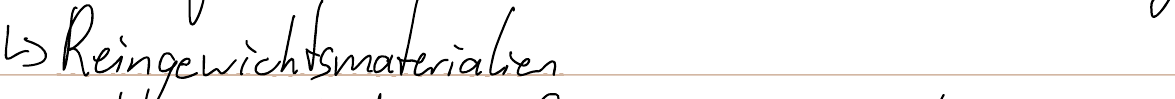
-> Reingewichtsmaterialien